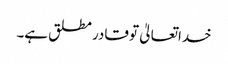
خداتعالیٰ تو قادر مطلق ہے۔